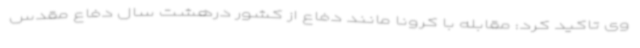
وی تاکید کرد: مقابله با کرونا مانند دفاع از کشور درهشت سال دفاع مقدس